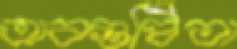
অবগুণ্ঠিতা